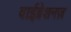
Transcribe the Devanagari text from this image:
वाईब्रेशनज़